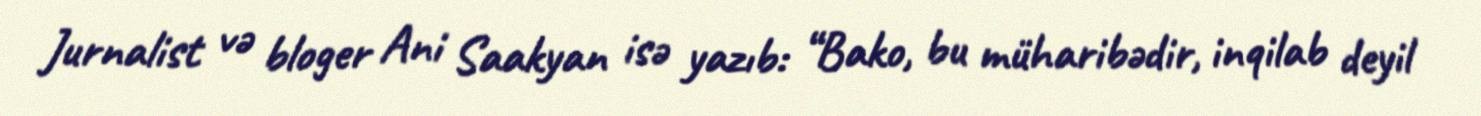
Jurnalist və bloger Ani Saakyan isə yazıb: “Bako, bu müharibədir, inqilab deyil